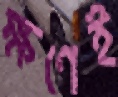
ক্ষণেই